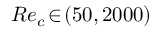
R e _ { c } \! \in \! ( 5 0 , 2 0 0 0 )